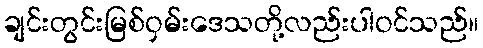
ချင်းတွင်းမြစ်ဝှမ်းဒေသတို့လည်းပါဝင်သည်။